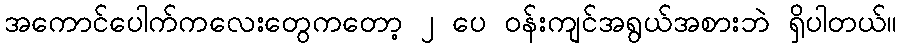
အကောင်ပေါက်ကလေးတွေကတော့ ၂ ပေ ၀န်းကျင်အရွယ်အစားဘဲ ရှိပါတယ်။